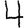
Digit: 4